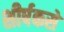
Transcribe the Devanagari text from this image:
शीर्षकसे